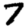
Digit: 7